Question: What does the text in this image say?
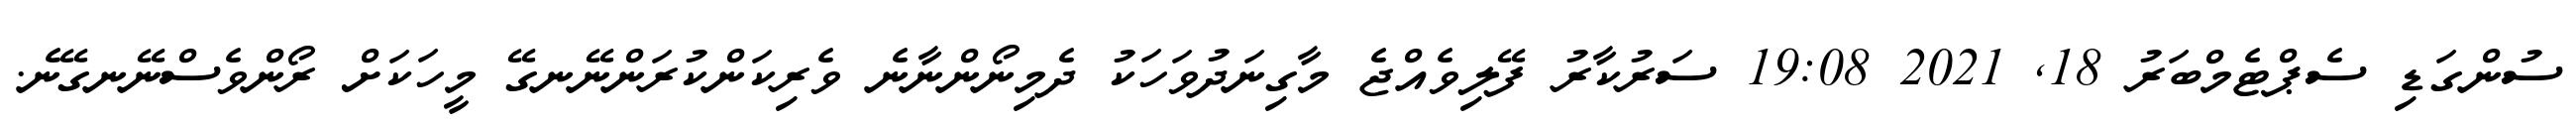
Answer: ސުންގަޑި ސެޕްޓެމްބަރު 18, 2021 19:08 ސަރުކާރު ފޭލިވެއްޖެ މާގިނަދުވަހަކު ދެމިނޯންނާނެ ވެރިކަންކުރަންނޭނގޭ މީހަކަށް ރޯންވެސްނޭނގޭނެ.